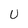
Character: U